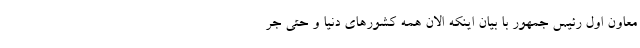
معاون اول رئیس جمهور با بیان اینکه الان همه کشورهای دنیا و حتی جر